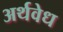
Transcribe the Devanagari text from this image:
अर्थवेध